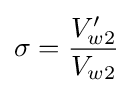
\sigma ={\frac {V'_{w2}}{V_{w2}}}